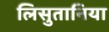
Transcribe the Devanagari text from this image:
लिसुतानिया